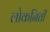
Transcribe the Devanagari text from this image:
लोकनिती